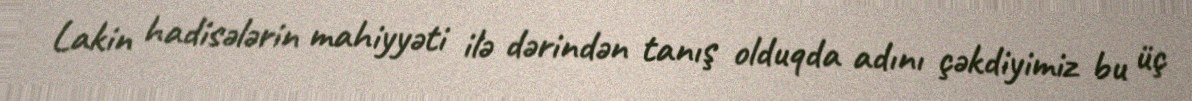
Lakin hadisələrin mahiyyəti ilə dərindən tanış olduqda adını çəkdiyimiz bu üç